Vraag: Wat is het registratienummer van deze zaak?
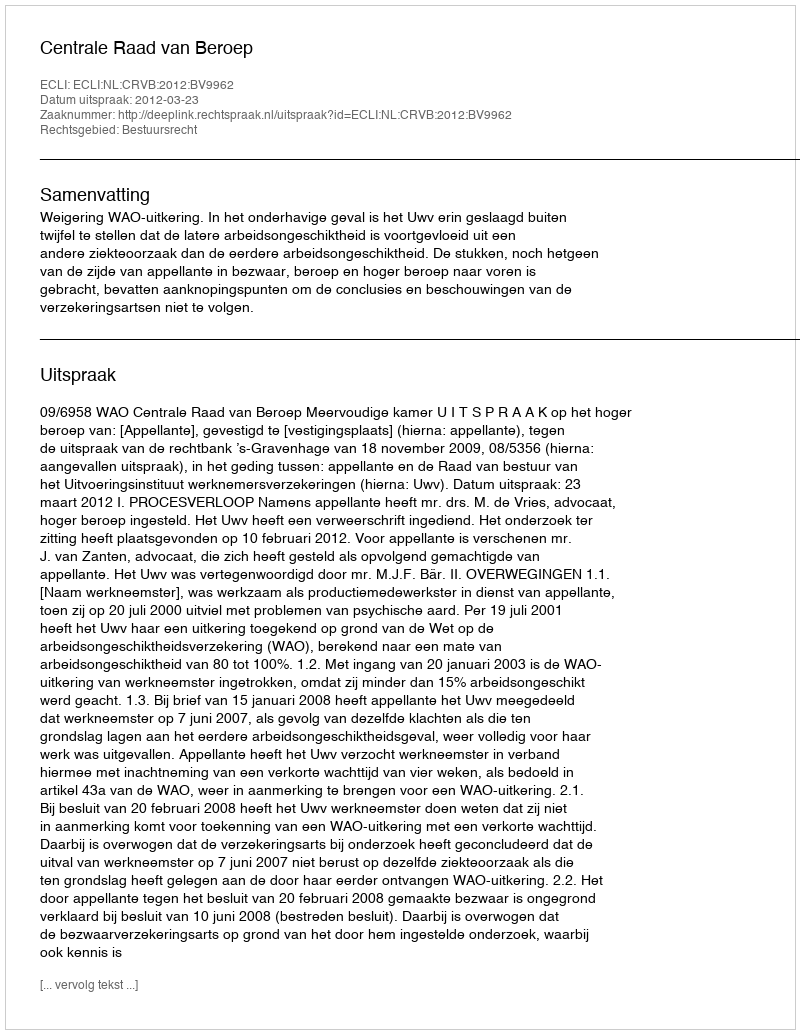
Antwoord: http://deeplink.rechtspraak.nl/uitspraak?id=ECLI:NL:CRVB:2012:BV9962